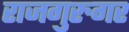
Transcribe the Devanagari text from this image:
राजगुरुगर